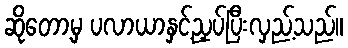
ဆိုတော့မှ ပလာယာနှင့်ညှပ်ပြီးလှည့်သည်။